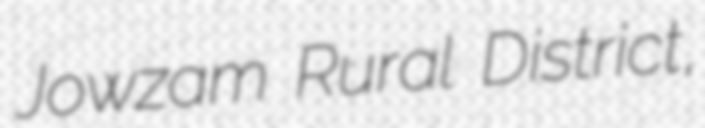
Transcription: Jowzam Rural District,